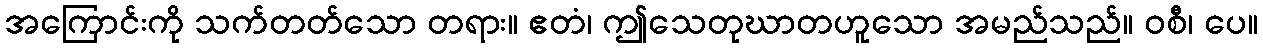
အကြောင်းကို သက်တတ်သော တရား။ ဧတံ၊ ဤသေတုဃာတဟူသော အမည်သည်။ ဝစီ၊ ပေ။